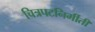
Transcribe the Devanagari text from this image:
चित्रपटनिर्मीती